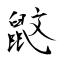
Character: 鼤